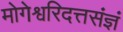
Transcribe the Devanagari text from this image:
मोगेश्वरिदत्तसंज्ञं